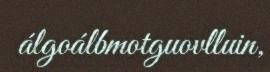
álgoálbmotguovlluin,